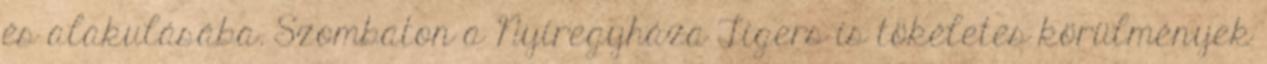
és alakulásába. Szombaton a Nyíregyháza Tigers is tökéletes körülmények